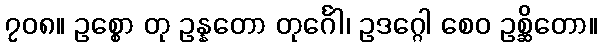
၇၀၈။ ဥစ္စော တု ဥန္နတော တုင်္ဂေါ၊ ဥဒဂ္ဂေါ စေဝ ဥစ္ဆိတော။